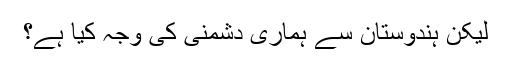
لیکن ہندوستان سے ہماری دشمنی کی وجہ کیا ہے؟